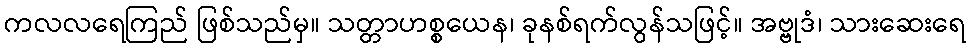
ကလလရေကြည် ဖြစ်သည်မှ။ သတ္တာဟစ္စယေန၊ ခုနစ်ရက်လွန်သဖြင့်။ အဗ္ဗုဒံ၊ သားဆေးရေ